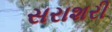
સરાશરી